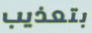
بتعذيب